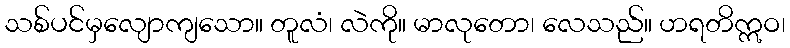
သစ်ပင်မှလျောကျသော။ တူလံ၊ လဲကို။ မာလုတော၊ လေသည်။ ဟရတိဣဝ၊